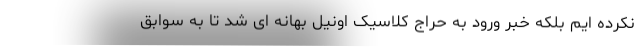
نکرده ایم بلکه خبر ورود به حراج کلاسیک اونیل بهانه ای شد تا به سوابق